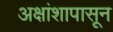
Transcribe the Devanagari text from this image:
अक्षांशापासून